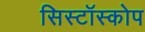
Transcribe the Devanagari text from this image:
सिस्टॉस्कोप